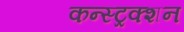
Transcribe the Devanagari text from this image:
कन्‍स्‍ट्रक्‍शन